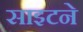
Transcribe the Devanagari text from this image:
साइटने